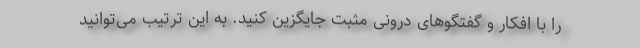
را با افکار و گفتگوهای درونی مثبت جایگزین کنید. به این ترتیب می‌توانید